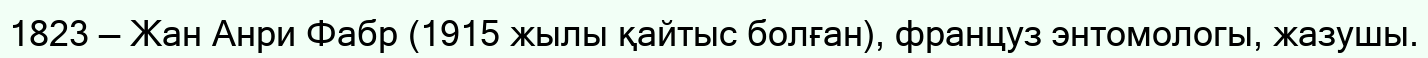
1823 — Жан Анри Фабр (1915 жылы қайтыс болған), француз энтомологы, жазушы.